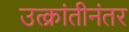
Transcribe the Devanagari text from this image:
उत्क्रांतीनंतर